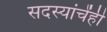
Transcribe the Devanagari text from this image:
सदस्यांचेंही